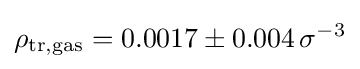
\rho _{\mathrm {tr,gas} }=0.0017\pm 0.004\,\sigma ^{-3}